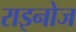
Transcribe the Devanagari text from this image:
राइनोज